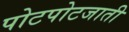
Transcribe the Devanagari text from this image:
पोटपोटजाती